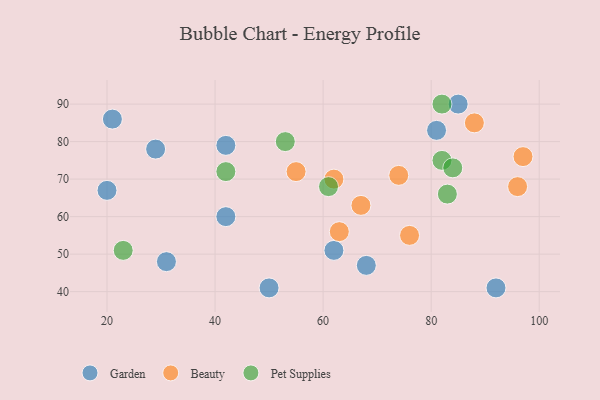
{"axis": {"x": "GDP", "y": "Life Expectancy"}, "legend": ["Beauty", "Garden", "Pet Supplies"], "data": [{"x": "68", "y": 47, "type": "Garden"}, {"x": "81", "y": 83, "type": "Garden"}, {"x": "29", "y": 78, "type": "Garden"}, {"x": "85", "y": 90, "type": "Garden"}, {"x": "20", "y": 67, "type": "Garden"}, {"x": "21", "y": 86, "type": "Garden"}, {"x": "42", "y": 79, "type": "Garden"}, {"x": "50", "y": 41, "type": "Garden"}, {"x": "42", "y": 60, "type": "Garden"}, {"x": "31", "y": 48, "type": "Garden"}, {"x": "62", "y": 51, "type": "Garden"}, {"x": "92", "y": 41, "type": "Garden"}, {"x": "63", "y": 56, "type": "Beauty"}, {"x": "67", "y": 63, "type": "Beauty"}, {"x": "97", "y": 76, "type": "Beauty"}, {"x": "62", "y": 70, "type": "Beauty"}, {"x": "74", "y": 71, "type": "Beauty"}, {"x": "76", "y": 55, "type": "Beauty"}, {"x": "55", "y": 72, "type": "Beauty"}, {"x": "88", "y": 85, "type": "Beauty"}, {"x": "96", "y": 68, "type": "Beauty"}, {"x": "42", "y": 72, "type": "Pet Supplies"}, {"x": "82", "y": 75, "type": "Pet Supplies"}, {"x": "82", "y": 90, "type": "Pet Supplies"}, {"x": "83", "y": 66, "type": "Pet Supplies"}, {"x": "61", "y": 68, "type": "Pet Supplies"}, {"x": "84", "y": 73, "type": "Pet Supplies"}, {"x": "53", "y": 80, "type": "Pet Supplies"}, {"x": "23", "y": 51, "type": "Pet Supplies"}]}